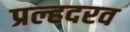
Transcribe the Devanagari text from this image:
प्रल्हदरव